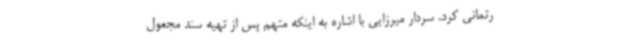
رتمانی کرد. سردار میرزایی با اشاره به اینکه متهم پس از تهیه سند مجعول